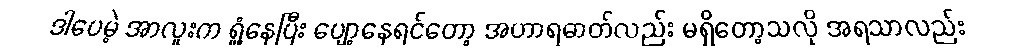
ဒါပေမဲ့ အာလူးက ရှုံ့နေပြီး ပျော့နေရင်တော့ အဟာရဓာတ်လည်း မရှိတော့သလို အရသာလည်း